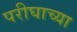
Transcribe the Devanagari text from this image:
परीघाच्या